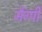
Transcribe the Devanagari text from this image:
मैग्पी